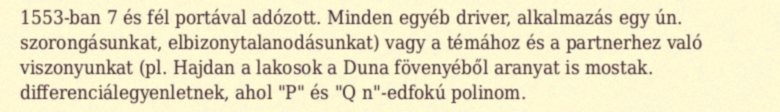
1553-ban 7 és fél portával adózott. Minden egyéb driver, alkalmazás egy ún. szorongásunkat, elbizonytalanodásunkat) vagy a témához és a partnerhez való viszonyunkat (pl. Hajdan a lakosok a Duna fövenyéből aranyat is mostak. differenciálegyenletnek, ahol "P" és "Q n"-edfokú polinom.